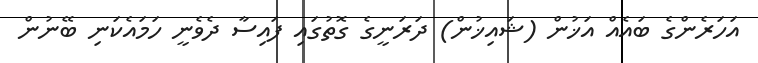
އަހަރެންގެ ބައެއް އަޚުން (ޝައިޚުން) ދަރަނީގެ ގޮތުގައި ފައިސާ ދެވެނީ ހަމައެކަނި ބޭނުން